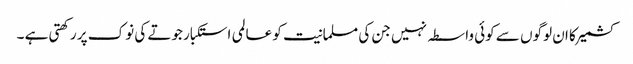
کشمیر کا ان لوگوں سے کوئی واسطہ نہیں جن کی مسلمانیت کو عالمی استکبار جوتے کی نوک پر رکھتی ہے ۔